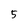
Character: 5